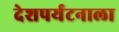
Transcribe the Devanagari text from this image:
देशपर्यटनाला